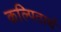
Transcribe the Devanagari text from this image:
कल्पितार्थ